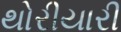
થોરીયારી